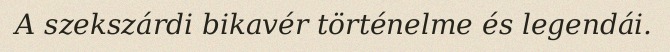
A szekszárdi bikavér történelme és legendái.